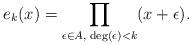
LaTeX: \begin{align*}e_k(x) = \prod_{\substack{\epsilon \in A, \; \mathrm{deg}(\epsilon) < k}}(x + \epsilon).\end{align*}